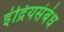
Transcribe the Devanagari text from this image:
इंद्रियसंबंध